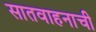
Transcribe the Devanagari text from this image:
सातवाहनाची